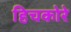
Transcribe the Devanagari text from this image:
हिचकोरे